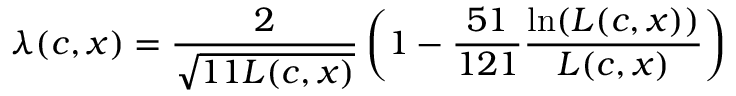
\lambda ( c , x ) = { \frac { 2 } { \sqrt { 1 1 L ( c , x ) } } } \left( 1 - { \frac { 5 1 } { 1 2 1 } } { \frac { \ln ( L ( c , x ) ) } { L ( c , x ) } } \right)